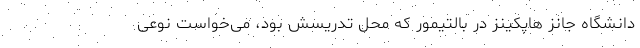
دانشگاه جانز هاپکینز در بالتیمور که محل تدریسش بود، می‌خواست نوعی